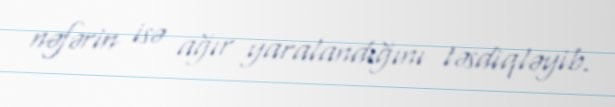
nəfərin isə ağır yaralandığını təsdiqləyib.